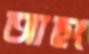
আছং